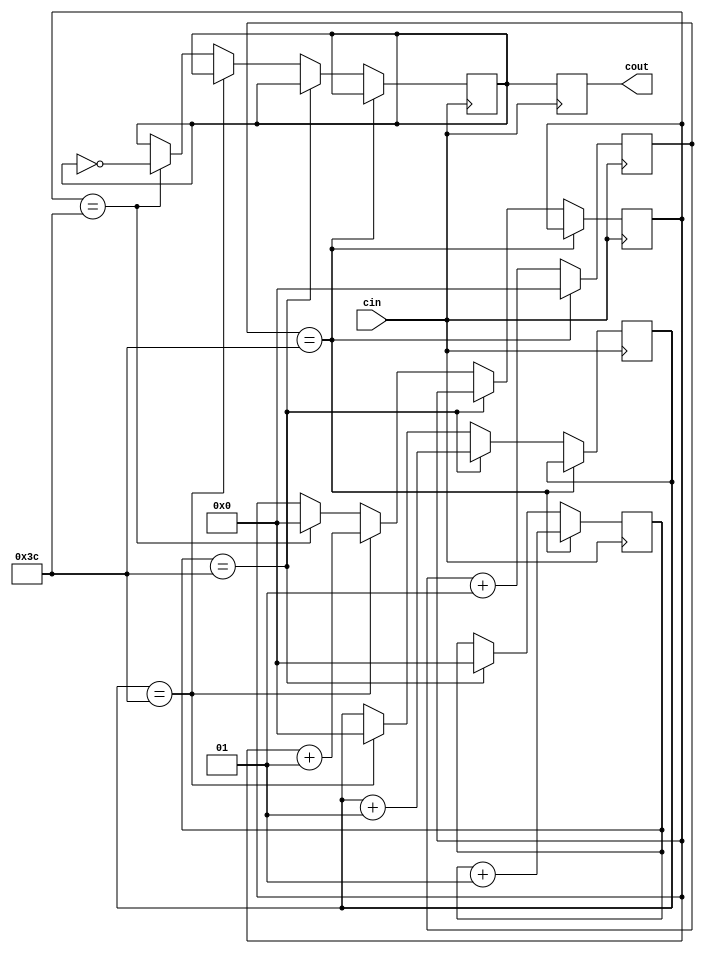
`timescale 1ns / 1ps
//////////////////////////////////////////////////////////////////////////////////
// Company: 
// Engineer: 
// 
// Design Name: 
// Module Name: clock_divider
// Project Name: 
// Target Devices: 
// Tool Versions: 
// Description: 
// 
// Dependencies: 
// 
// Revision:
// Revision 0.01 - File Created
// Additional Comments:
// 
//////////////////////////////////////////////////////////////////////////////////


module clock_divider(cin,cout);

    input cin;
    output cout;
    
    parameter timeconst = 60;       // Constant
    integer count0;
    integer count1;
    integer count2;
    integer count3;
    reg d;
    reg cout;
    
    initial 
        begin
            count0=0;
            count1=0;
            count2=0;
            count3=0;
            d=0;
        end
    always @(posedge cin) 
        begin
            count0 <= (count0 +1);
            if ((count0 == timeconst))
                begin
                    count0 <= 0;
                    count1 <= (count1 +1);
                end 
            else if ((count1 == timeconst))
                begin
                    count1 <= 0;
                    count2 <= (count2 + 1);
                end 
            else if ((count2 == timeconst))
                begin
                    count2 <= 0;
                    count3 <= (count3 +1);
                end
            else if ((count3 == timeconst))
                begin
                    count3 <= 0;
                    d <= ~(d);
                end
            cout <= d;
            end     // end the always
              
endmodule